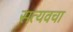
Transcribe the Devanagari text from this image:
सत्यवचा